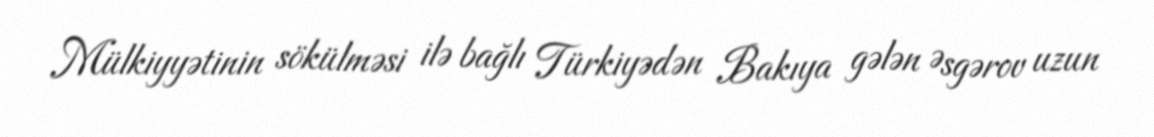
Mülkiyyətinin sökülməsi ilə bağlı Türkiyədən Bakıya gələn Əsgərov uzun